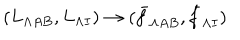
( L _ { \Lambda A B } , L _ { \Lambda I } ) \to ( \bar { f } _ { \Lambda A B } , \bar { f } _ { \Lambda I } )